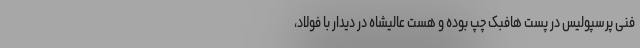
فنی پرسپولیس در پست هافبک چپ بوده و هست عالیشاه در دیدار با فولاد،